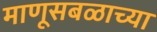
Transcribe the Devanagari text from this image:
माणूसबळाच्या